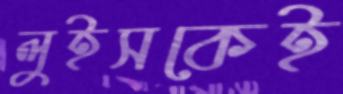
লুইসকেই